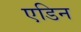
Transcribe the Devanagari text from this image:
एडिन